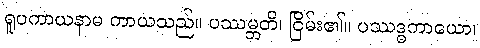
ရူပကာယနာမ ကာယသည်။ ပဿမ္ဘတိ၊ ငြိမ်း၏။ ပဿဒ္ဓကာယော၊